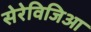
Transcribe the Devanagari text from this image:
सेरेविजिआ